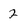
Character: 2